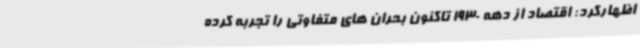
اظهارکرد: اقتصاد از دهه 1930 تاکنون بحران های متفاوتی را تجربه کرده